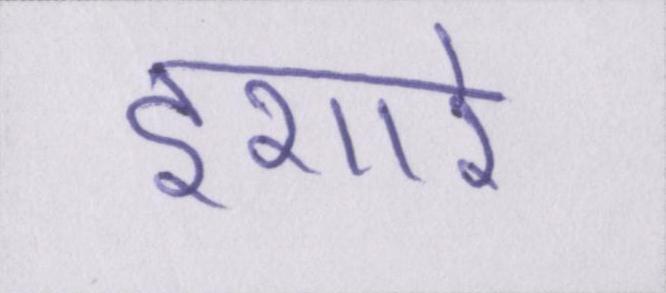
इशारे